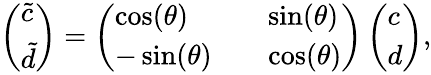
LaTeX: \left(\begin{array}{l}{\tilde{c}}\\ {\tilde{d}}\end{array}\right)=\left(\begin{array}{lll}{\cos(\theta)}&{}&{\sin(\theta)}\\ {-\sin(\theta)}&{}&{\cos(\theta)}\end{array}\right)\left(\begin{array}{l}{c}\\ {d}\end{array}\right),